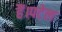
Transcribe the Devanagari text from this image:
हैं।पटेल